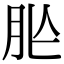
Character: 𦙐